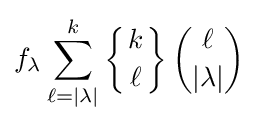
f_{\lambda }\sum _{\ell =|\lambda |}^{k}\left\{{k \atop \ell }\right\}{\binom {\ell }{|\lambda |}}